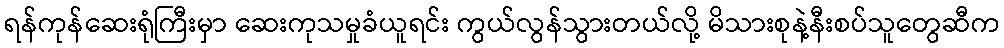
ရန်ကုန်ဆေးရုံကြီးမှာ ဆေးကုသမှုခံယူရင်း ကွယ်လွန်သွားတယ်လို့ မိသားစုနဲ့နီးစပ်သူတွေဆီက